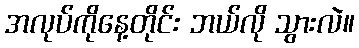
အလုပ်ကိုနေ့တိုင်း ဘယ်လို သွားလဲ။